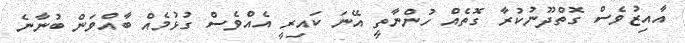
އާއިޒުވެސް ގޮތްދޫނުކުރާ ގޮތެއް ހުންނާތީ އޭނަ ކައިރީ އެއްވެސް ގުޅުމެއް ބާއްވަން ބުނާނެ